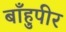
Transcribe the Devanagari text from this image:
बाँहुपीर